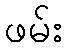
ဖမ်း